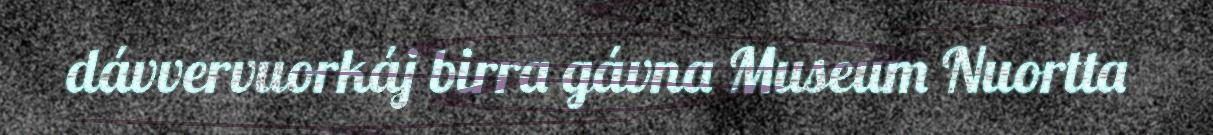
dávvervuorkáj birra gávna Museum Nuortta